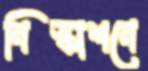
নিস্কাশনে